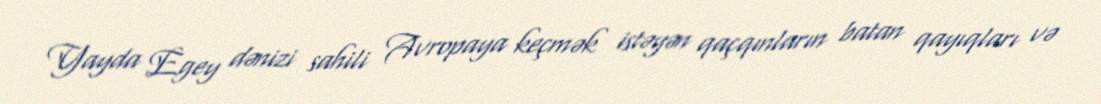
Yayda Egey dənizi sahili Avropaya keçmək istəyən qaçqınların batan qayıqları və